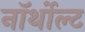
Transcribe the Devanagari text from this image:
नॉर्थोल्ट